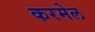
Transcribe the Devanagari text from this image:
करमेल